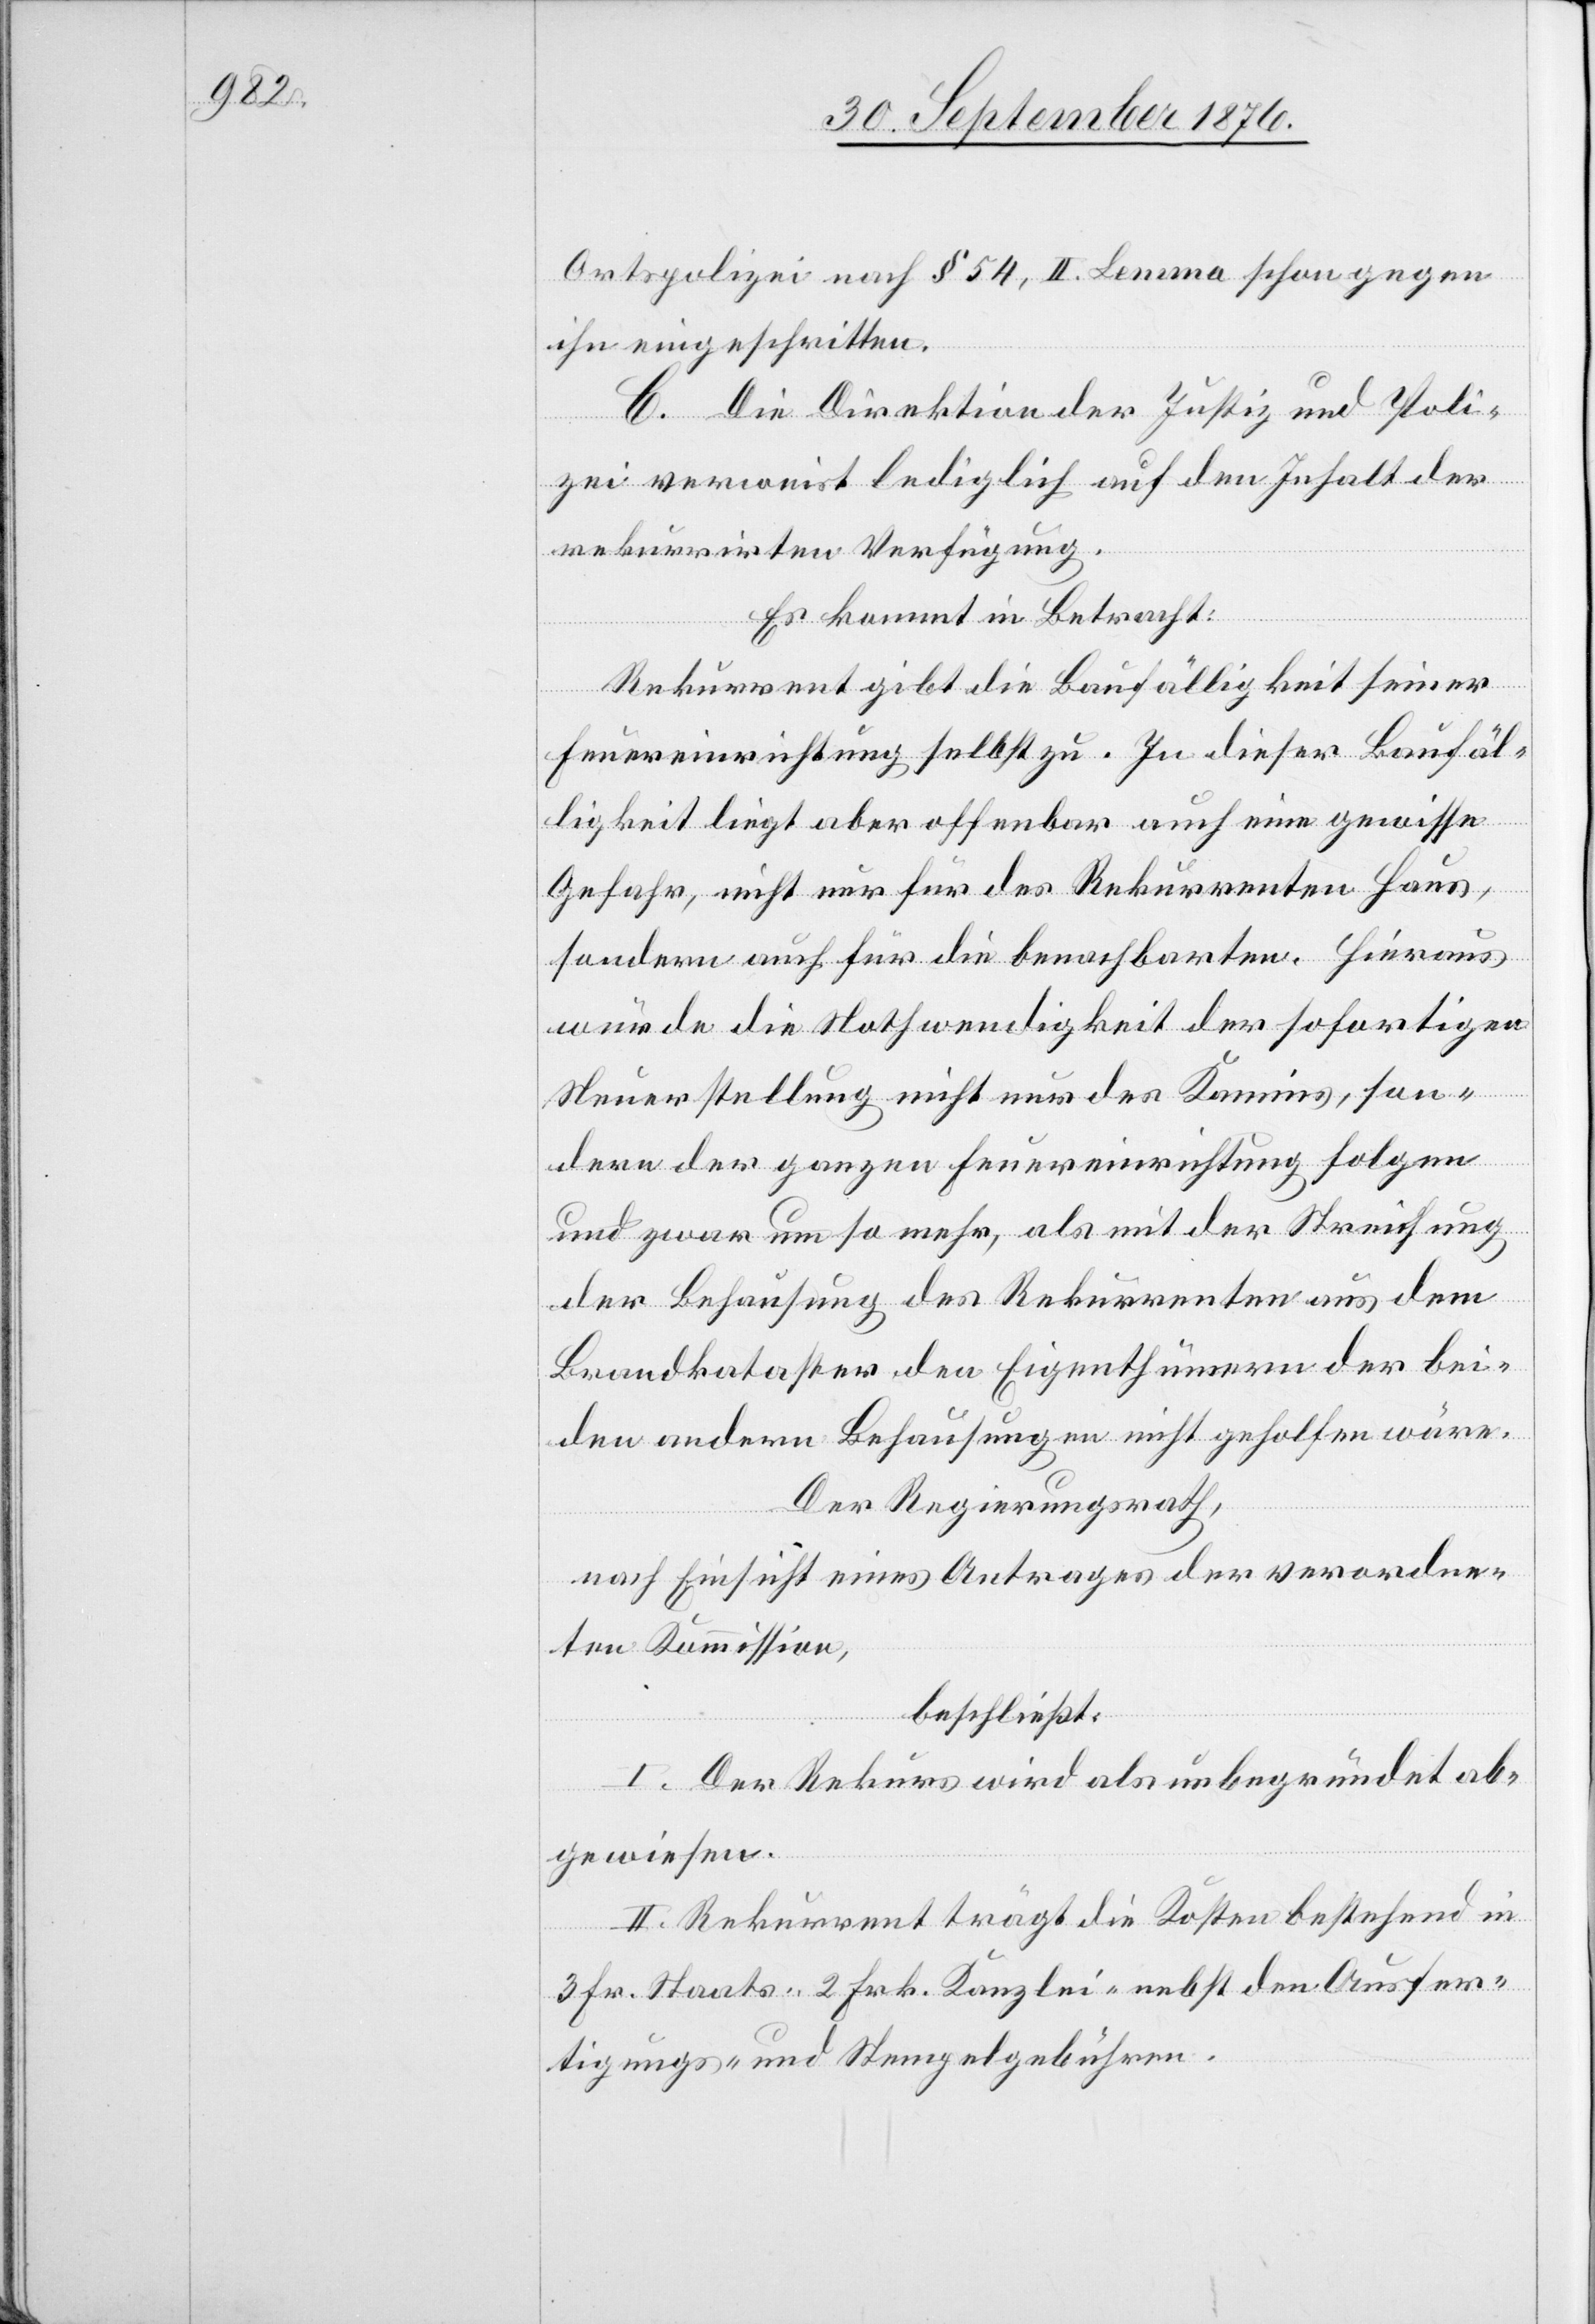
Ortspolizei nach § 54, II. Lemma schon gegen
ihn eingeschritten.
C. Die Direktion der Justiz und Poli¬
zei verweist lediglich auf den Inhalt der
rekurrirten Verfügung.
Es kommt in Betracht:
Rekurrent gibt die Baufälligkeit seiner
Feuereinrichtung selbst zu. In dieser Baufäl¬
ligkeit liegt aber offenbar auch eine gewisse
Gefahr, nicht nur für des Rekurrenten Haus,
sondern auch für die benachbarten. Hieraus
würde die Nothwendigkeit der sofortigen
Neuerstellung nicht nur des Kamins, son¬
dern der ganzen Feuereinrichtung folgen
und zwar um so mehr, als mit der Streichung
der Behausung des Rekurrenten aus dem
Brandkataster den Eigenthümern der bei¬
den andern Behausungen nicht geholfen wäre.
Der Regierungsrath,
nach Einsicht eines Antrages der verordne¬
ten Kommission,
beschließt:
I. Der Rekurs wird als unbegründet ab¬
gewiesen.
II. Rekurrent trägt die Kosten bestehend in
3 Frk. Staats-[,] 2 Frk. Kanzlei- nebst den Ausfer¬
tigungs- und Stempelgebühren.